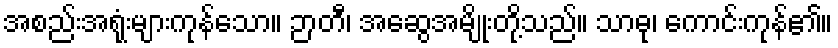
အစည်းအရုံးများကုန်သော။ ဉာတီ၊ အဆွေအမျိုးတို့သည်။ သာဓု၊ ကောင်းကုန်၏။